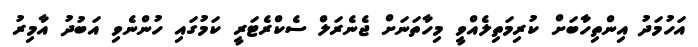
އަހުމަދު އިންތިހާބަށް ކުރިމަތިލެއްވީ މިހާތަނަށް ޖެނެރަލް ސެކްރެޓަރީ ކަމުގައި ހުންނެވި އަބުދު އާމިރު